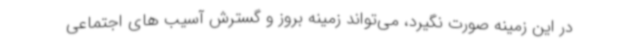
در این زمینه صورت نگیرد، می‌تواند زمینه بروز و گسترش آسیب های اجتماعی